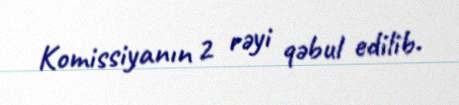
Komissiyanın 2 rəyi qəbul edilib.